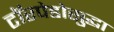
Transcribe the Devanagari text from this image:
टॉरपेडोसुद्धा